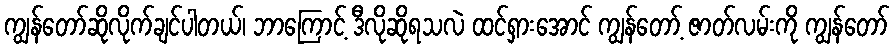
ကျွန်တော်ဆိုလိုက်ချင်ပါတယ်၊ ဘာကြောင့် ဒီလိုဆိုရသလဲ ထင်ရှားအောင် ကျွန်တော့် ဇာတ်လမ်းကို ကျွန်တော်